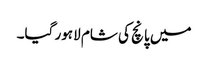
میں پانچ کی شام لاہور گیا۔